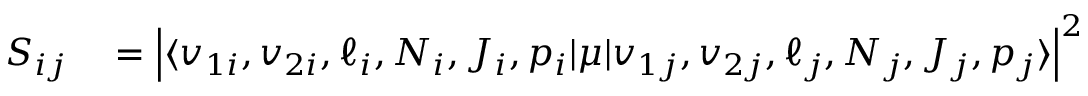
\begin{array} { r l } { S _ { i j } } & { { } = \left\lvert \langle v _ { 1 i } , v _ { 2 i } , \ell _ { i } , N _ { i } , J _ { i } , p _ { i } \lvert \mu \lvert v _ { 1 j } , v _ { 2 j } , \ell _ { j } , N _ { j } , J _ { j } , p _ { j } \rangle \right\lvert ^ { 2 } } \end{array}